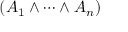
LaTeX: ( A _ { 1 } \land \cdots \land A _ { n } )